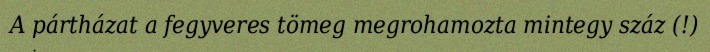
A pártházat a fegyveres tömeg megrohamozta mintegy száz (!)